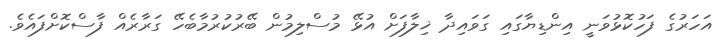
އަހަރުގެ ފަހުކޮޅުވަނީ އިންޑިޔާގައި ގަވައިދާ ޚިލާފަށް އުޅޭ މުސްލިމުން ބޭރުކުރުމާބެހޭ ގަރާރެއް ފާސްކޮށްފައެވެ.